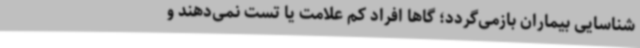
شناسایی بیماران بازمی‌گردد؛ گاها افراد کم علامت یا تست نمی‌دهند و